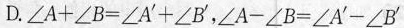
D.$$\angle A + \angle B = \angle A^{'} + \angle B^{'}$$，$$ \angle A - \angle B = \angle A^{'} - \angle B^{'}$$